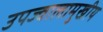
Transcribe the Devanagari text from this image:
उपज्वालामुखीय